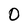
Character: 0